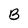
Character: B